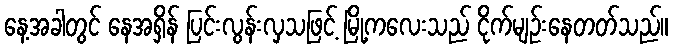
နေ့အခါတွင် နေအရှိန် ပြင်းလွန်းလှသဖြင့် မြို့ကလေးသည် ငိုက်မျဉ်းနေတတ်သည်။